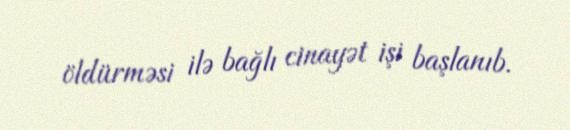
öldürməsi ilə bağlı cinayət işi başlanıb.